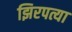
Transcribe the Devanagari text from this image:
झिरपत्या